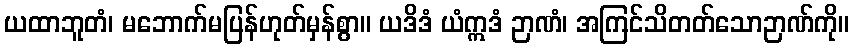
ယထာဘူတံ၊ မဘောက်မပြန်ဟုတ်မှန်စွာ။ ယဒိဒံ ယံဣဒံ ဉာဏံ၊ အကြင်သိတတ်သောဉာဏ်ကို။